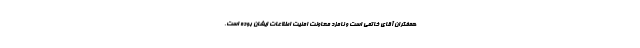
همفكران آقاى خاتمى است و نامزد معاونت امنیت اطلاعات ایشان بوده است.